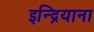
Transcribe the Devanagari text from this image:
इन्द्रियाना